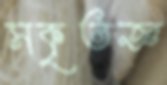
সকৃতজ্ঞ